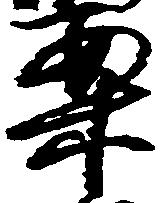
案